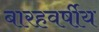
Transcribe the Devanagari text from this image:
बारहवर्षीय